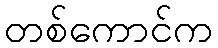
တစ်ကောင်က